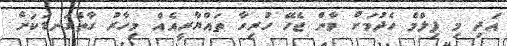
އަދި މި ފިލްމް ހެދުމަށް ވާން ޖެހޭ ހުރިހާ ތައްޔާރީއެއް މިހާރު ގާތްގަނޑަކަށް